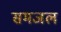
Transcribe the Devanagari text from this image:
समजल